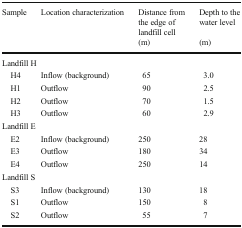
<table><thead><tr><td><b>Sample</b></td><td><b>Location characterization</b></td><td><b>Distance from the edge of landfill cell</b></td><td><b>Depth to the water level</b></td></tr><tr><td></td><td></td><td><b>(m)</b></td><td><b>(m)</b></td></tr></thead><tbody><tr><td colspan="4">Landfill H</td></tr><tr><td> H4</td><td>Inflow (background)</td><td>65</td><td>3.0</td></tr><tr><td> H1</td><td>Outflow</td><td>90</td><td>2.5</td></tr><tr><td> H2</td><td>Outflow</td><td>70</td><td>1.5</td></tr><tr><td> H3</td><td>Outflow</td><td>60</td><td>2.9</td></tr><tr><td colspan="4">Landfill E</td></tr><tr><td> E2</td><td>Inflow (background)</td><td>250</td><td>28</td></tr><tr><td> E3</td><td>Outflow</td><td>180</td><td>34</td></tr><tr><td> E4</td><td>Outflow</td><td>250</td><td>14</td></tr><tr><td colspan="4">Landfill S</td></tr><tr><td> S3</td><td>Inflow (background)</td><td>130</td><td>18</td></tr><tr><td> S1</td><td>Outflow</td><td>150</td><td>8</td></tr><tr><td> S2</td><td>Outflow</td><td>55</td><td>7</td></tr></tbody></table>